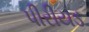
પીરીયડ